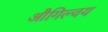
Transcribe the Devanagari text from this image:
औगिल्वय